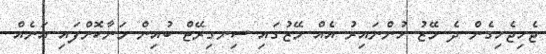
ޖެހިޖެހިގެން ދެ މޭޒު ހުންނައިރު އެއް މޭޒުގައި ސިނގިރޭޓް ބުއިން މަނާކޮށްފައި އަނެއް